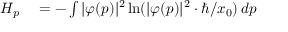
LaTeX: \begin{array} { r l } { H _ { p } } & { { } = - \int | \varphi ( p ) | ^ { 2 } \ln ( | \varphi ( p ) | ^ { 2 } \cdot \hbar / x _ { 0 } ) \, d p } \end{array}